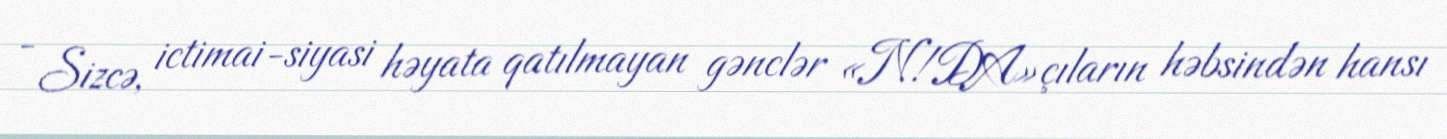
- Sizcə, ictimai-siyasi həyata qatılmayan gənclər «N!DA»çıların həbsindən hansı